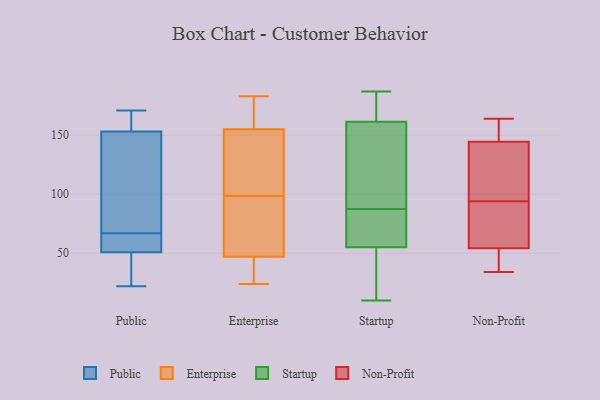
{"axis": {"x": "Budget (USD K)", "y": "Value"}, "legend": ["Enterprise", "Non-Profit", "Public", "Startup"], "data": [{"x": "", "y": 47, "type": "Public"}, {"x": "", "y": 154, "type": "Public"}, {"x": "", "y": 52, "type": "Public"}, {"x": "", "y": 153, "type": "Public"}, {"x": "", "y": 161, "type": "Public"}, {"x": "", "y": 53, "type": "Public"}, {"x": "", "y": 148, "type": "Public"}, {"x": "", "y": 65, "type": "Public"}, {"x": "", "y": 67, "type": "Public"}, {"x": "", "y": 133, "type": "Public"}, {"x": "", "y": 171, "type": "Public"}, {"x": "", "y": 22, "type": "Public"}, {"x": "", "y": 42, "type": "Public"}, {"x": "", "y": 87, "type": "Enterprise"}, {"x": "", "y": 92, "type": "Enterprise"}, {"x": "", "y": 140, "type": "Enterprise"}, {"x": "", "y": 87, "type": "Enterprise"}, {"x": "", "y": 65, "type": "Enterprise"}, {"x": "", "y": 36, "type": "Enterprise"}, {"x": "", "y": 105, "type": "Enterprise"}, {"x": "", "y": 134, "type": "Enterprise"}, {"x": "", "y": 160, "type": "Enterprise"}, {"x": "", "y": 171, "type": "Enterprise"}, {"x": "", "y": 183, "type": "Enterprise"}, {"x": "", "y": 24, "type": "Enterprise"}, {"x": "", "y": 26, "type": "Enterprise"}, {"x": "", "y": 155, "type": "Enterprise"}, {"x": "", "y": 47, "type": "Enterprise"}, {"x": "", "y": 106, "type": "Enterprise"}, {"x": "", "y": 170, "type": "Enterprise"}, {"x": "", "y": 24, "type": "Enterprise"}, {"x": "", "y": 93, "type": "Startup"}, {"x": "", "y": 168, "type": "Startup"}, {"x": "", "y": 181, "type": "Startup"}, {"x": "", "y": 20, "type": "Startup"}, {"x": "", "y": 73, "type": "Startup"}, {"x": "", "y": 28, "type": "Startup"}, {"x": "", "y": 10, "type": "Startup"}, {"x": "", "y": 57, "type": "Startup"}, {"x": "", "y": 62, "type": "Startup"}, {"x": "", "y": 167, "type": "Startup"}, {"x": "", "y": 187, "type": "Startup"}, {"x": "", "y": 53, "type": "Startup"}, {"x": "", "y": 127, "type": "Startup"}, {"x": "", "y": 82, "type": "Startup"}, {"x": "", "y": 152, "type": "Startup"}, {"x": "", "y": 156, "type": "Startup"}, {"x": "", "y": 145, "type": "Non-Profit"}, {"x": "", "y": 143, "type": "Non-Profit"}, {"x": "", "y": 159, "type": "Non-Profit"}, {"x": "", "y": 44, "type": "Non-Profit"}, {"x": "", "y": 49, "type": "Non-Profit"}, {"x": "", "y": 88, "type": "Non-Profit"}, {"x": "", "y": 70, "type": "Non-Profit"}, {"x": "", "y": 164, "type": "Non-Profit"}, {"x": "", "y": 95, "type": "Non-Profit"}, {"x": "", "y": 94, "type": "Non-Profit"}, {"x": "", "y": 34, "type": "Non-Profit"}]}